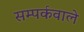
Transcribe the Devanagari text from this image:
सम्पर्कवाले